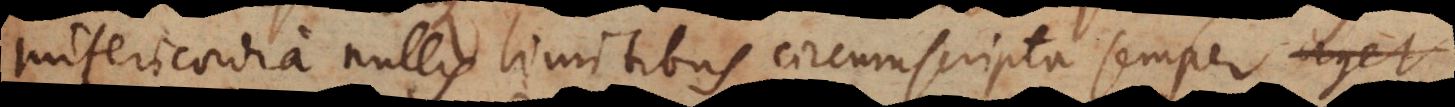
misericordia nullis limitibus circumscripta semper aget